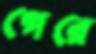
গেরে